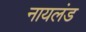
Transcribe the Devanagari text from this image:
नायलंड